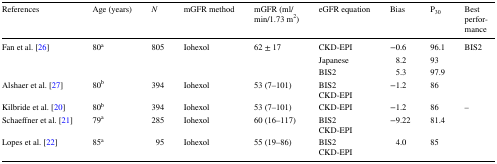
| References | Age (years) | N | mGFR method | mGFR (ml/min/1.73 m2) | eGFR equation | Bias | P30 | Best performance |
 | --- | --- | --- | --- | --- | --- | --- | --- | --- |
 | <ROWSPAN=3> Fan et al. [26] | <ROWSPAN=3> 80a | <ROWSPAN=3> 805 | <ROWSPAN=3> Iohexol | <ROWSPAN=3> 62 ± 17 | CKD-EPI | −0.6 | 96.1 | <ROWSPAN=3> BIS2 |
 | Japanese | 8.2 | 93 |
 | BIS2 | 5.3 | 97.9 |
 | Alshaer et al. [27] | 80b | 394 | Iohexol | 53 (7–101) | BIS2CKD-EPI | −1.2 | 86 |  |
 | Kilbride et al. [20] | 80b | 394 | Iohexol | 53 (7–101) | CKD-EPI | −1.2 | 86 | – |
 | Schaeffner et al. [21] | 79a | 285 | Iohexol | 60 (16–117) | BIS2CKD-EPI | −9.22 | 81.4 |  |
 | Lopes et al. [22] | 85a | 95 | Iohexol | 55 (19–86) | BIS2CKD-EPI | 4.0 | 85 |  |